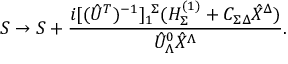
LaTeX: S \to S + { \frac { i [ ( \hat { U } ^ { T } ) ^ { - 1 } ] _ { 1 } ^ { \ \Sigma } ( H _ { \Sigma } ^ { ( 1 ) } + { \cal C } _ { \Sigma \Delta } \hat { X } ^ { \Delta } ) } { \hat { U } _ { \Lambda } ^ { 0 } \hat { X } ^ { \Lambda } } } .